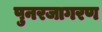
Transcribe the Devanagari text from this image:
पुनरजागरण